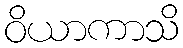
ဝိယာကာသိ